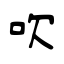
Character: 吹